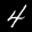
Label: 4